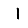
Digit: 1